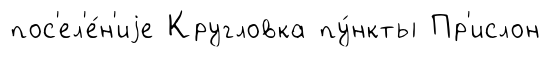
пос'ел'е́н'иjе Кругловка пу́нкты Пр'ислон